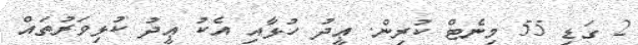
2 ގަޑި 55 މިނެޓް ކުރިން. ޢީދު ހުޅާއި އެކު ޢީދު ކުޅިވަރުތައް